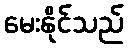
မေးနိုင်သည်